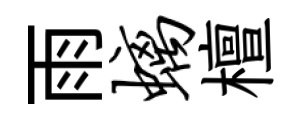
雨螭檀